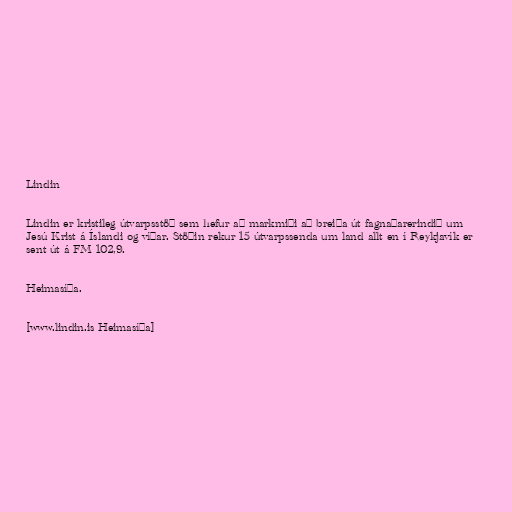
Lindin

Lindin er kristileg útvarpsstöð sem hefur að markmiði að breiða út fagnaðarerindið um
Jesú Krist á Íslandi og víðar. Stöðin rekur 15 útvarpssenda um land allt en í Reykjavík er
sent út á FM 102,9.

Heimasíða.

[www.lindin.is Heimasíða]